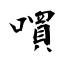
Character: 嘪